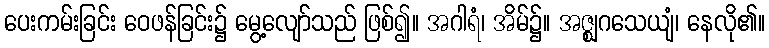
ပေးကမ်းခြင်း ဝေဖန်ခြင်း၌ မွေ့လျော်သည် ဖြစ်၍။ အဂါရံ၊ အိမ်၌။ အဇ္ဈဂသေယျံ၊ နေလို၏။